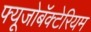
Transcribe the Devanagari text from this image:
फ्यूजोबॅक्टेरियम